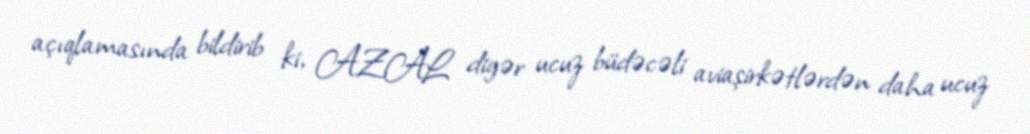
açıqlamasında bildirib ki, AZAL digər ucuz büdəcəli aviaşirkətlərdən daha ucuz